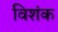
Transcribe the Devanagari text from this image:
विशंक